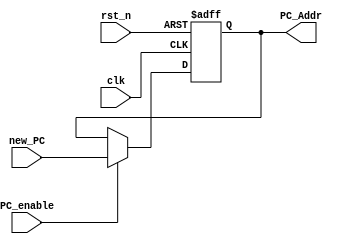
//Program Counter (state element)
module PC(
  input         clk,
  input  [31:0] new_PC,
  input         PC_enable,
  input         rst_n,//
  output [31:0] PC_Addr
  );
	reg [31:0] PC;
	
	always@(posedge clk or negedge rst_n)
	begin
	  if (!rst_n)
	    begin
	      PC = 32'h0000_3000;
	    end
	  else
	    if (PC_enable)
	    begin
	      PC = new_PC;
	      //$display("PC = %x", PC);
	    end  
	end
	assign PC_Addr = PC;
endmodule